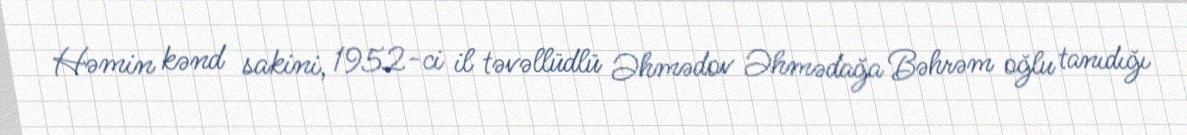
Həmin kənd sakini, 1952-ci il təvəllüdlü Əhmədov Əhmədağa Bəhrəm oğlu tanıdığı